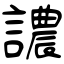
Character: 譨